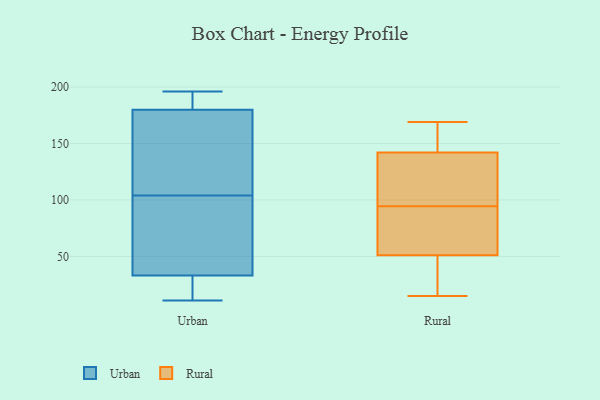
{"axis": {"x": "Inventory Turnover", "y": "Value"}, "legend": ["Rural", "Urban"], "data": [{"x": "", "y": 195, "type": "Urban"}, {"x": "", "y": 188, "type": "Urban"}, {"x": "", "y": 140, "type": "Urban"}, {"x": "", "y": 104, "type": "Urban"}, {"x": "", "y": 94, "type": "Urban"}, {"x": "", "y": 29, "type": "Urban"}, {"x": "", "y": 196, "type": "Urban"}, {"x": "", "y": 22, "type": "Urban"}, {"x": "", "y": 196, "type": "Urban"}, {"x": "", "y": 106, "type": "Urban"}, {"x": "", "y": 11, "type": "Urban"}, {"x": "", "y": 187, "type": "Urban"}, {"x": "", "y": 21, "type": "Urban"}, {"x": "", "y": 89, "type": "Urban"}, {"x": "", "y": 24, "type": "Urban"}, {"x": "", "y": 45, "type": "Urban"}, {"x": "", "y": 159, "type": "Urban"}, {"x": "", "y": 119, "type": "Urban"}, {"x": "", "y": 64, "type": "Urban"}, {"x": "", "y": 154, "type": "Rural"}, {"x": "", "y": 73, "type": "Rural"}, {"x": "", "y": 43, "type": "Rural"}, {"x": "", "y": 51, "type": "Rural"}, {"x": "", "y": 169, "type": "Rural"}, {"x": "", "y": 104, "type": "Rural"}, {"x": "", "y": 73, "type": "Rural"}, {"x": "", "y": 142, "type": "Rural"}, {"x": "", "y": 46, "type": "Rural"}, {"x": "", "y": 93, "type": "Rural"}, {"x": "", "y": 122, "type": "Rural"}, {"x": "", "y": 15, "type": "Rural"}, {"x": "", "y": 37, "type": "Rural"}, {"x": "", "y": 96, "type": "Rural"}, {"x": "", "y": 56, "type": "Rural"}, {"x": "", "y": 102, "type": "Rural"}, {"x": "", "y": 153, "type": "Rural"}, {"x": "", "y": 148, "type": "Rural"}]}